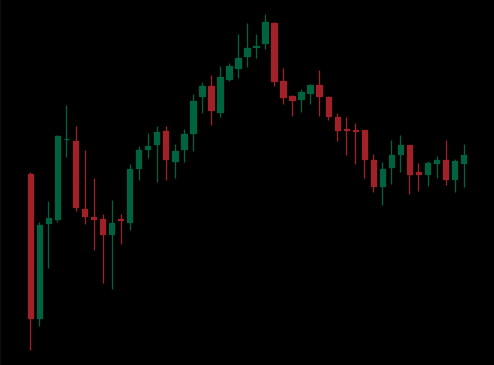
Pattern: head_shoulders